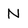
Character: N